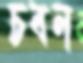
চবন